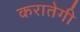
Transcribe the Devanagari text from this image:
करातेगी